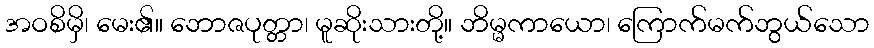
အဝစိမှိ၊ မေး၏။ ဘောဇပုတ္တာ၊ မူဆိုးသားတို့။ ဘိမ္မကာယော၊ ကြောက်မက်ဘွယ်သော